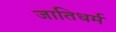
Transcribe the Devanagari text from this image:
जातिधर्म